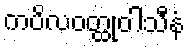
ကပိလဝတ္ထုဝါသီနံ